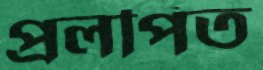
প্রলপিত